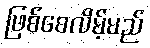
ဖြစ်စေလိမ့်မည်